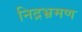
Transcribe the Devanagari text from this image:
निद्रभ्रमण